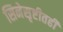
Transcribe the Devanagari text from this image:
सिनेसृष्टीतही